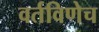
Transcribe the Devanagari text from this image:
वर्तविणेच